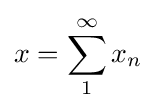
x=\sum _{1}^{\infty }x_{n}